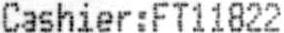
CASHIER:FT11822